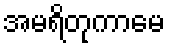
အမရိတုကာမေ